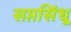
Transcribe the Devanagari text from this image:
सप्तसिंधू